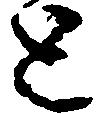
と